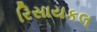
રિસાયકલ